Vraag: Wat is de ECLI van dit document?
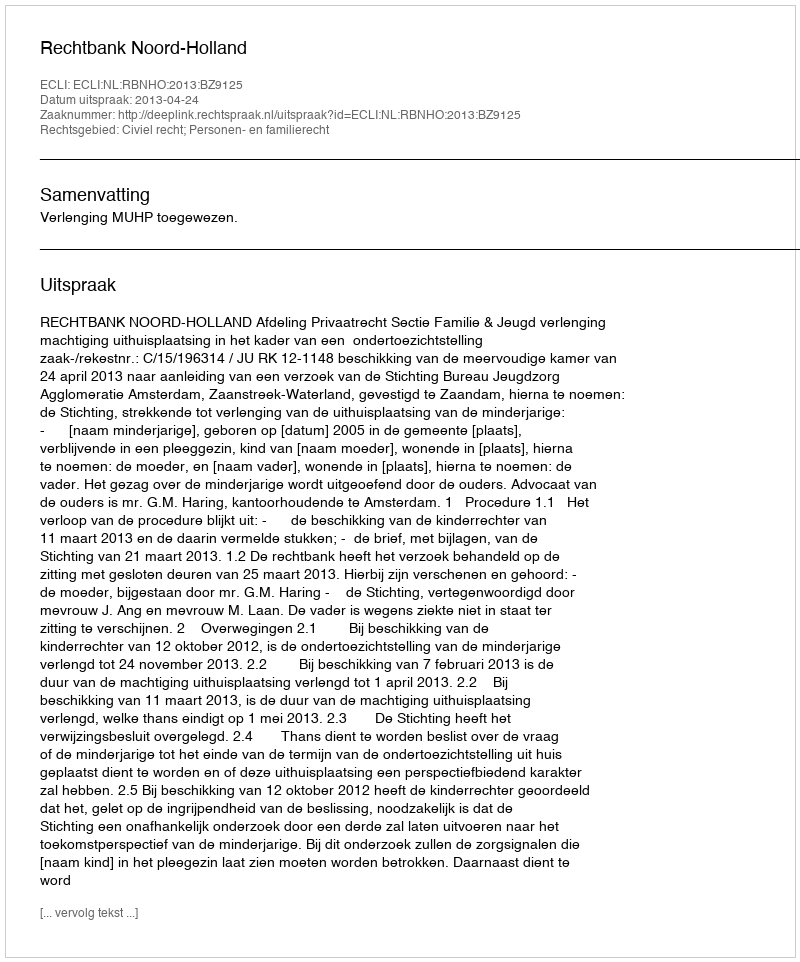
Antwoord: ECLI:NL:RBNHO:2013:BZ9125